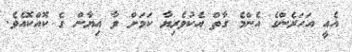
އެއީ އަހަރެންގެ އެންމެ ގާތް އެކުވެރިޔާ ކަމަށް ވާ އިޔާން ގެ ކޮއްކޮއެވެ.